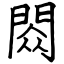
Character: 閦